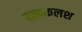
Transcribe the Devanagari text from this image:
रत्‍नकलश